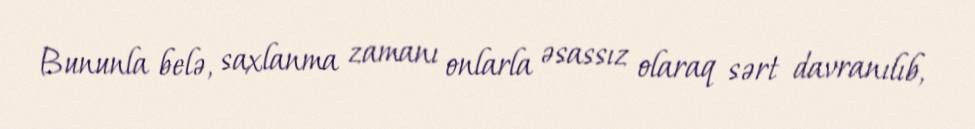
Bununla belə, saxlanma zamanı onlarla əsassız olaraq sərt davranılıb,